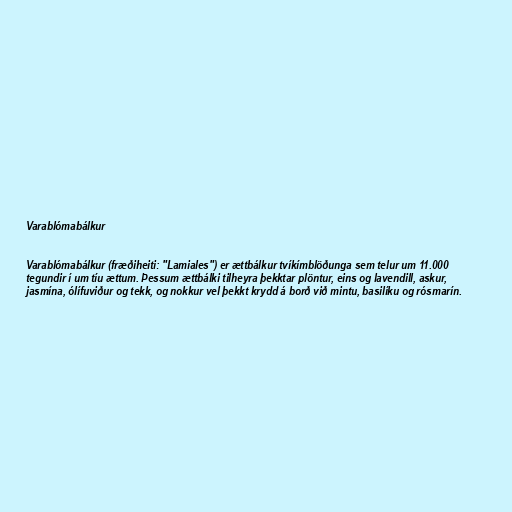
Varablómabálkur

Varablómabálkur (fræðiheiti: "Lamiales") er ættbálkur tvíkímblöðunga sem telur um 11.000
tegundir í um tíu ættum. Þessum ættbálki tilheyra þekktar plöntur, eins og lavendill, askur,
jasmína, ólífuviður og tekk, og nokkur vel þekkt krydd á borð við mintu, basilíku og rósmarín.